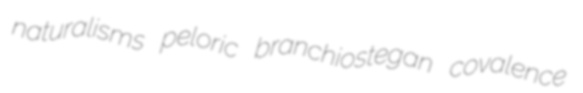
naturalisms peloric branchiostegan covalence